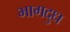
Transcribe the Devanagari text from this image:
भागदुध